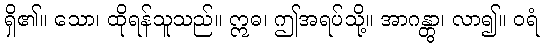
ရှိ၏။ သော၊ ထိုရန်သူသည်။ ဣဓ၊ ဤအရပ်သို့။ အာဂန္တွာ၊ လာ၍။ ဝရံ